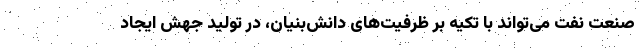
صنعت نفت می‌تواند با تکیه بر ظرفیت‌های دانش‌بنیان، در تولید جهش ایجاد